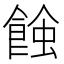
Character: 𧐂